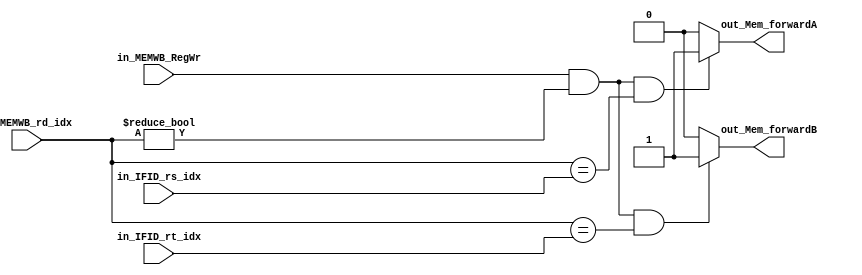
//Core.vIF stagereg
module IF_forward (
    input        in_MEMWB_RegWr     ,
    input  [4:0] in_MEMWB_rd_idx    ,
    input  [4:0] in_IFID_rs_idx     ,
    input  [4:0] in_IFID_rt_idx     ,

    output       out_Mem_forwardA   ,
    output       out_Mem_forwardB 
);

assign out_Mem_forwardA = (in_MEMWB_RegWr && (in_MEMWB_rd_idx != 0) && (in_MEMWB_rd_idx == in_IFID_rs_idx)) ? 1 : 0;
assign out_Mem_forwardB = (in_MEMWB_RegWr && (in_MEMWB_rd_idx != 0) && (in_MEMWB_rd_idx == in_IFID_rt_idx)) ? 1 : 0;

endmodule